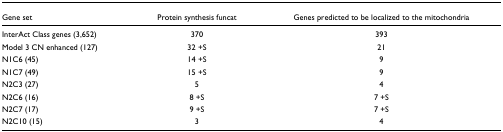
<table><thead><tr><td><b>Gene set</b></td><td><b>Protein synthesis funcat</b></td><td><b>Genes predicted to be localized to the mitochondria</b></td></tr></thead><tbody><tr><td>InterAct Class genes (3,652)</td><td>370</td><td>393</td></tr><tr><td>Model 3 CN enhanced (127)</td><td>32 +S</td><td>21</td></tr><tr><td>N1C6 (45)</td><td>14 +S</td><td>9</td></tr><tr><td>N1C7 (49)</td><td>15 +S</td><td>9</td></tr><tr><td>N2C3 (27)</td><td>5</td><td>4</td></tr><tr><td>N2C6 (16)</td><td>8 +S</td><td>7 +S</td></tr><tr><td>N2C7 (17)</td><td>9 +S</td><td>7 +S</td></tr><tr><td>N2C10 (15)</td><td>3</td><td>4</td></tr></tbody></table>